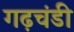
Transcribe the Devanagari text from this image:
गढ़चंडी